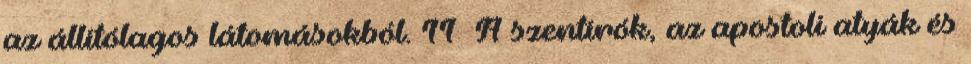
az állítólagos látomásokból. 11 A szentírók, az apostoli atyák és